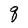
Character: q